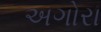
અગોરા